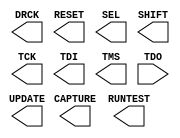
// $Header: /devl/xcs/repo/env/Databases/CAEInterfaces/xec_libs/data/unisims/BSCAN_VIRTEX6.v,v 1.3 2009/08/22 00:32:34 harikr Exp $
///////////////////////////////////////////////////////////////////////////////
// Copyright (c) 1995/2009 Xilinx, Inc.
// All Right Reserved.
///////////////////////////////////////////////////////////////////////////////
//   ____  ____
//  /   /\/   /
// /___/  \  /    Vendor : Xilinx
// \   \   \/     Version : 11.1i (L.11)
//  \   \         Description : Xilinx Formal Library Component
//  /   /              
// /___/   /\     Filename : BSCAN_VIRTEX6.v
// \   \  /  \    Timestamp :
//  \___\/\___\
//
// Revision:
//    04/28/09 - Initial version.
// End Revision

`timescale 1 ps / 1 ps 

module BSCAN_VIRTEX6 (
  CAPTURE,
  DRCK,
  RESET,
  RUNTEST,
  SEL,
  SHIFT,
  TCK,
  TDI,
  TMS,
  UPDATE,
  TDO
);

  parameter DISABLE_JTAG = "FALSE";
  parameter integer JTAG_CHAIN = 1;

  output CAPTURE;
  output DRCK;
  output RESET;
  output RUNTEST;
  output SEL;
  output SHIFT;
  output TCK;
  output TDI;
  output TMS;
  output UPDATE;

  input TDO;

endmodule